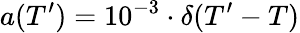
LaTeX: a(T^{\prime})=10^{-3}\cdot\delta(T^{\prime}-T)